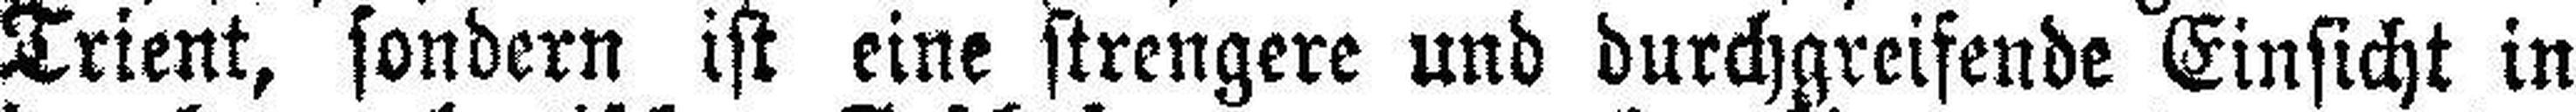
Trient, sondern ist eine strengere und durchgreifende Einsicht in